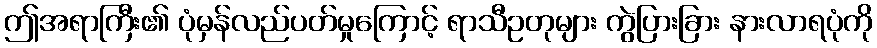
ဤအရာကြီး၏ ပုံမှန်လည်ပတ်မှုကြောင့် ရာသီဥတုများ ကွဲပြားခြား နားလာရပုံကို